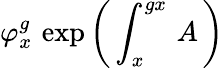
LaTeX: \varphi_{x}^{g}\, \exp\left(\, \int_{x}^{gx}\, A\, \right)